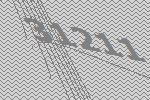
31211